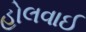
હોલવાઈ